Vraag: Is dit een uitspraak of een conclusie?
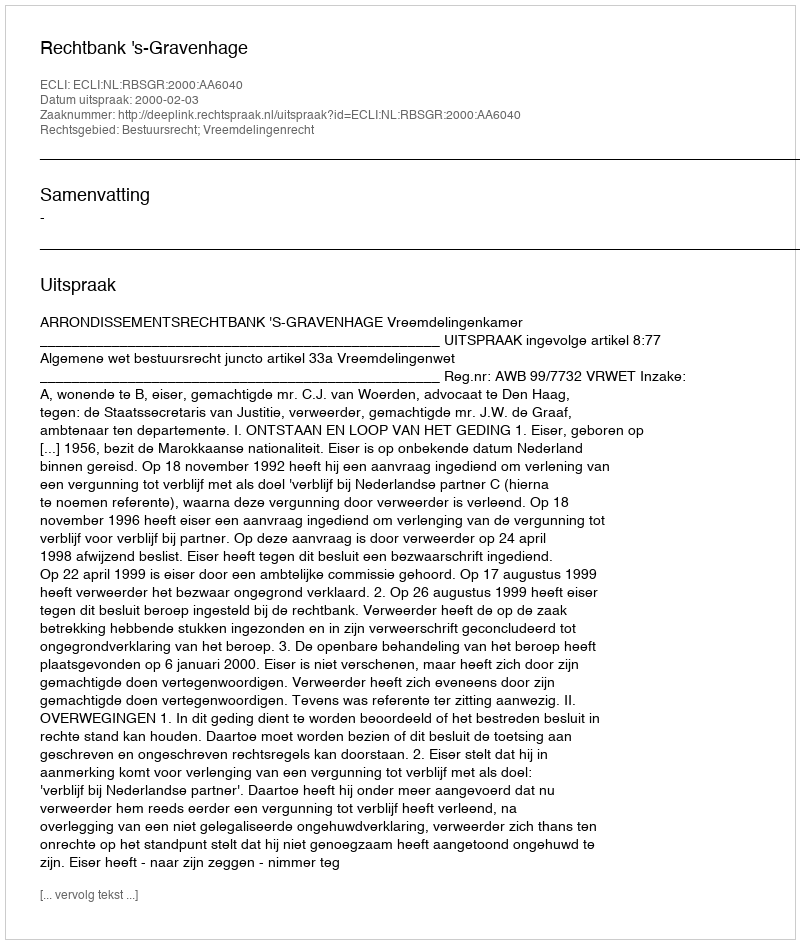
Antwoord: Uitspraak